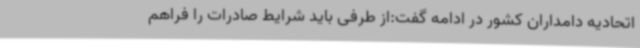
اتحادیه دامداران کشور در ادامه گفت:از طرفی باید شرایط صادرات را فراهم